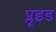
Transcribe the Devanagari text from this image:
प्लूइड